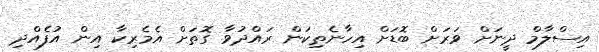
އިސްލާމް ދީނަށް ވަރަށް ބޮޑަށް އިހާނެތިކަން ރައްދުވާ ގޮތަށް އެމެރިކާ އިން އުފެއްދި